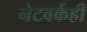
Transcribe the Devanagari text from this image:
नेटवर्कही